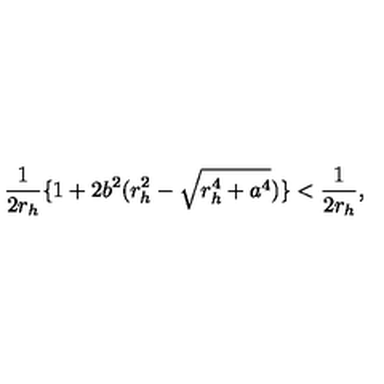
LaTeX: \frac { 1 } { 2 r _ { h } } \{ 1 + 2 b ^ { 2 } ( r _ { h } ^ { 2 } - \sqrt { r _ { h } ^ { 4 } + a ^ { 4 } } ) \} < \frac { 1 } { 2 r _ { h } } ,